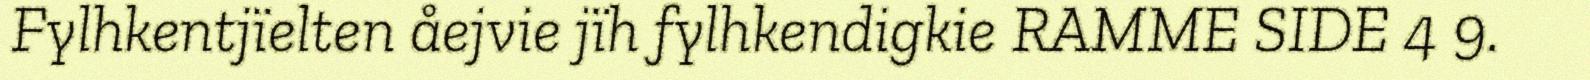
Fylhkentjïelten åejvie jïh fylhkendigkie RAMME SIDE 4 9.